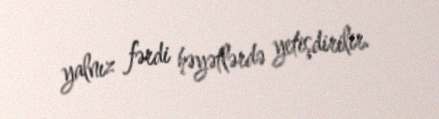
yalnız fərdi həyətlərdə yetişdirilir.